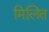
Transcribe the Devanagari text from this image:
मिलित